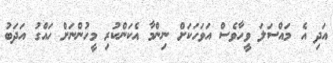
އަދި އެ މައްސަލަ ވީހާވެސް އަވަހަކަށް ނިންމާ އެކަންކުރި މީހުންނަށް ހައްގު އަދަބު